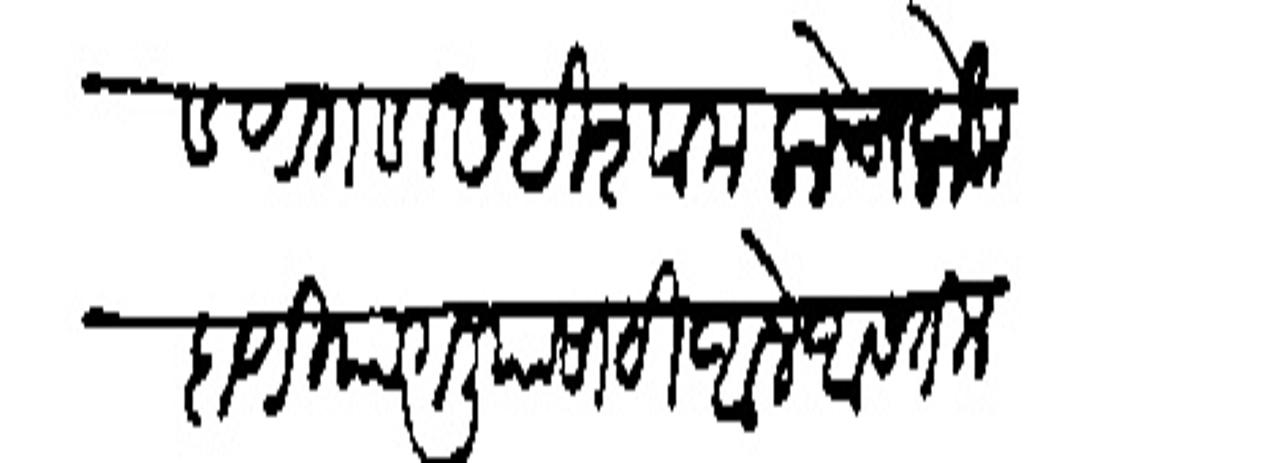
Transliteration (Devanagari): डणगडासही शामलाचे लोक दाणिया गलियासाठी आले आसतील